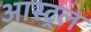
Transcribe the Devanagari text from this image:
आस्ट्रल